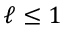
\ell \leq 1